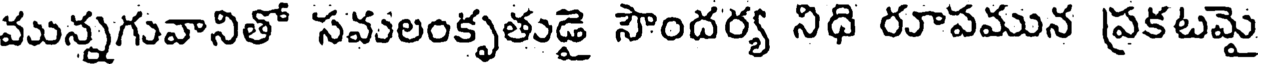
మున్నగువానితో సవులంకృతుడై సౌందర్య నిధి రూపమున ప్రకటమై